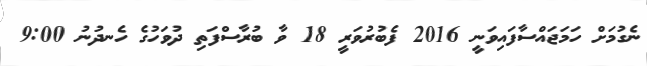
ނެގުމަށް ހަމަޖައްސާފައިވަނީ 2016 ފެބުރުވަރީ 18 ވާ ބުރާސްފަތި ދުވަހުގެ ހެނދުނު 9:00